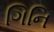
ગિનિ